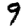
Digit: 9